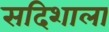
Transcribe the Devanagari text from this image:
सदिशाला